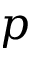
p